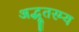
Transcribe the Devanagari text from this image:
अद्भूतरम्य